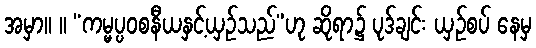
အမှာ။ ။ “ကမ္မပ္ပဝစနီယနှင့်ယှဉ်သည်”ဟု ဆိုရာ၌ ပုဒ်ချင်း ယှဉ်စပ် နေမှ